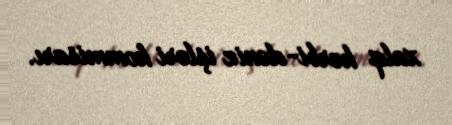
xalq hərbi-dəniz işləri kommisarı.